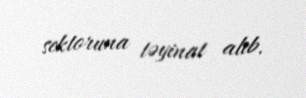
sektoruna təyinat alıb.